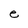
Character: e